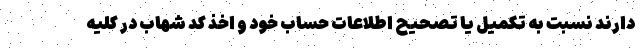
دارند نسبت به تکمیل یا تصحیح اطلاعات حساب خود و اخذ کد شهاب در کلیه